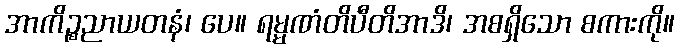
အာကိဉ္စညာယတနံ၊ ပေ။ ရမ္မဏံတိပီတိအာဒိ၊ အစရှိသော စကားကို။